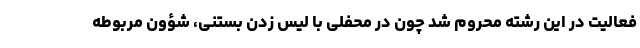
فعالیت در این رشته محروم شد چون در محفلی با لیس زدن بستنی، شؤون مربوطه